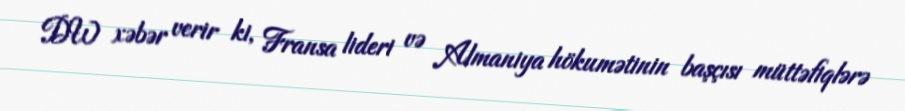
DW xəbər verir ki, Fransa lideri və Almaniya hökumətinin başçısı müttəfiqlərə